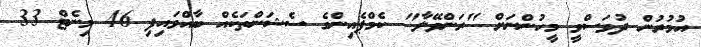
އުމުރުން ދުވަސްވީ މީހުންނަށް "ރަންވޭލާ" ކެމްޕެއިންގެ ސެޝަންތަކެއް ބާއްވައިފި 46 މިނެޓް 33